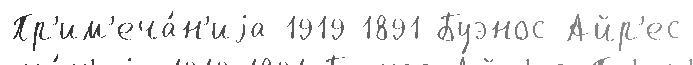
Пр'им'еча́н'иjа 1919 1891 Буэнос-Айр'ес